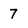
Character: 7